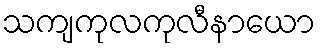
သကျကုလကုလီနာယော